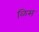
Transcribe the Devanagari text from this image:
ळिस